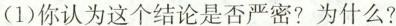
(1)你认为这个结论是否严密?为什么?